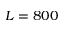
L = 8 0 0